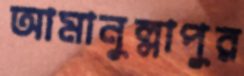
আমানুল্লাপুর